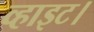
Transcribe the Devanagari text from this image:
व्हाइट।